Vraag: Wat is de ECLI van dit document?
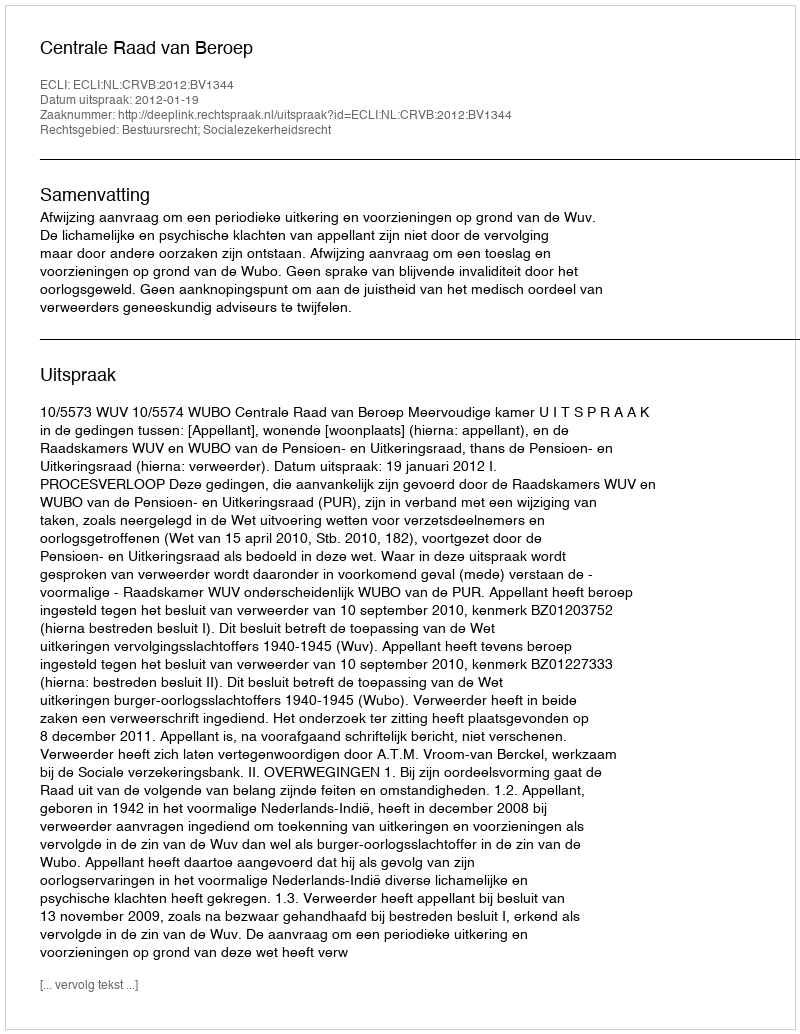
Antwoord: ECLI:NL:CRVB:2012:BV1344